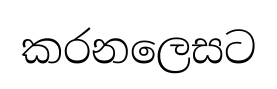
කරනලෙසට